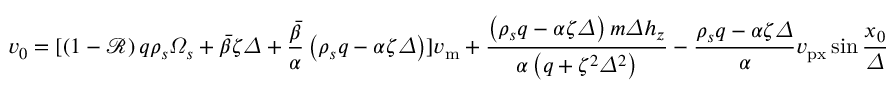
v _ { 0 } = [ \left( 1 - \mathcal { R } \right) q \rho _ { s } \varOmega _ { s } + \bar { \beta } \zeta \varDelta + \frac { \bar { \beta } } { \alpha } \left( \rho _ { s } q - \alpha \zeta \varDelta \right) ] v _ { \mathrm { m } } + \frac { \left( \rho _ { s } q - \alpha \zeta \varDelta \right) m \varDelta h _ { z } } { \alpha \left( q + \zeta ^ { 2 } \varDelta ^ { 2 } \right) } - \frac { \rho _ { s } q - \alpha \zeta \varDelta } { \alpha } v _ { \mathrm { p x } } \sin \frac { x _ { 0 } } { \varDelta }